Report on the lunatic asylums under the Government of Bombay - 1904-1913
Year: 1904
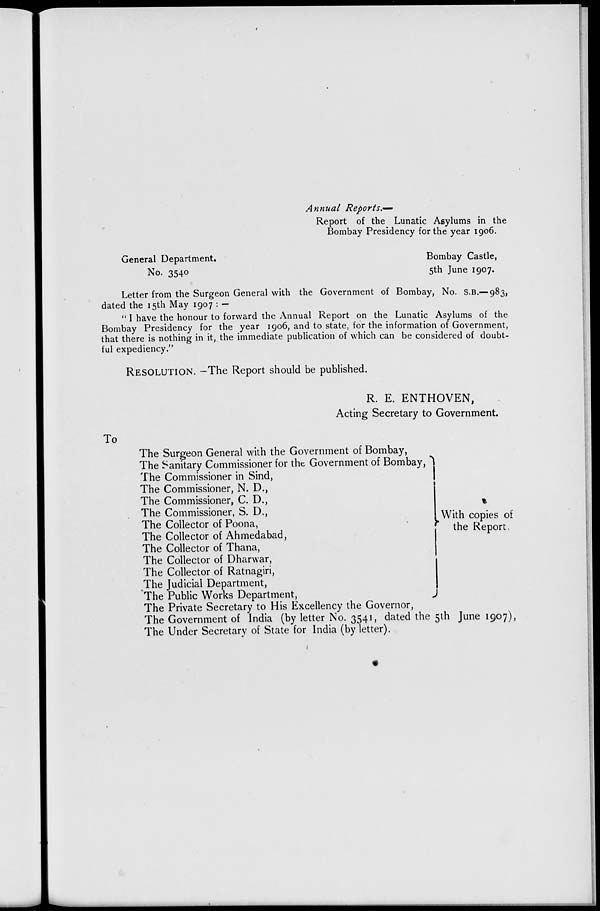
Annual
Reports.—
Report of the Lunatic Asylums in the
Bombay Presidency for the year 1906.
General Department.
Bombay Castle,
No. 3540
5th June 1907.
Letter from the Surgeon General with the Government of Bombay, No. S.B.—983,
dated the 15th May 1907 : —
"I have the honour to forward the Annual Report on the Lunatic Asylums of the
Bombay Presidency for the year 1906, and to state, for the information of Government,
that there is nothing in it, the immediate publication of which can be considered of doubt-
ful expediency."
RESOLUTION. —The Report should be published.
R. E. ENTHOVEN,
Acting Secretary to Government.
To
With copies of
the Report.
The Surgeon General with the Government of Bombay,
The Sanitary Commissioner for the Government of Bombay,
The Commissioner in Sind,
The Commissioner, N. D.,
The Commissioner, C. D.,
The Commissioner, S. D.,
The Collector of Poona,
The Collector of Ahmedabad,
The Collector of Thana,
The Collector of Dharwar,
The Collector of Ratnagiri,
The Judicial Department,
The Public Works Department,
The Private Secretary to His Excellency the Governor,
The Government of India (by letter No. 3541, dated the 5th June 1907),
The Under Secretary of State for India (by letter).